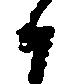
候